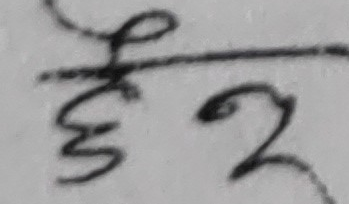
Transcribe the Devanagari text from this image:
हुन्